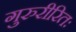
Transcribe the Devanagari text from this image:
गुरुरीरितः